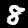
Digit: 8